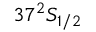
3 7 ^ { 2 } S _ { 1 / 2 }